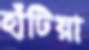
হাঁটিয়া